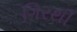
ગિરથી